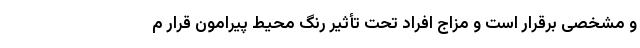
و مشخصی برقرار است و مزاج افراد تحت تأثیر رنگ محیط پیرامون قرار م